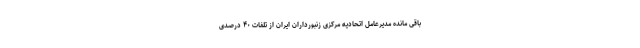
باقی مانده مدیرعامل اتحادیه مرکزی زنبورداران ایران از تلفات ۴۰ درصدی